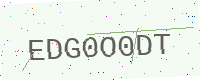
Text: EDG0O0DT